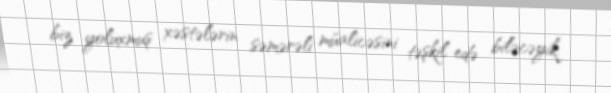
biz yoluxmuş xəstələrin səmərəli müalicəsini təşkil edə biləcəyik.